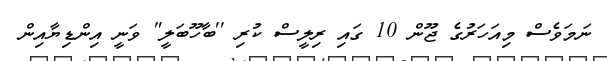
ނަމަވެސް މިއަހަރުގެ ޖޫން 10 ގައި ރިލީސް ކުރި ''ބާހޫބަލީ" ވަނީ އިންޑިޔާއިން